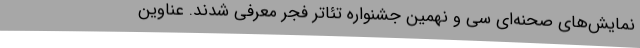
نمایش‌های صحنه‌ای سی و نهمین جشنواره تئاتر فجر معرفی شدند. عناوین